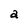
Character: a